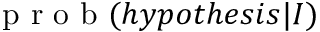
\mathrm { ~ p ~ r ~ o ~ b ~ } ( h y p o t h e s i s | I )